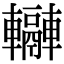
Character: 𨏬